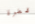
قطرة